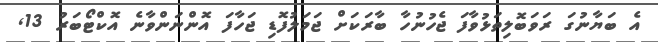
އެ ބަޔާނުގަ ރަވަބޮލިތަޅުވާފަ ޖެހުނުހާ ބާރަކަށް ޖަމަލުފޮޑި ޖަހާފަ އޮންނަންވާނެ އޮކްޓޯބަރު 13